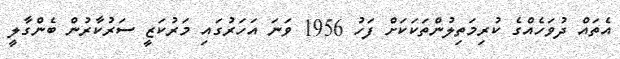
އެތައް ދުވަހެއްގެ ކުރިމަތިލުންތަކަކަށް ފަހު 1956 ވަނަ އަހަރުގައި މަރުކަޒީ ސަރުކާރުން ބެންގާލީ